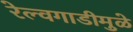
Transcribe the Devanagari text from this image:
रेल्वगाडीमुळे